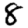
Digit: 8